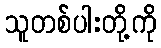
သူတစ်ပါးတို့ကို